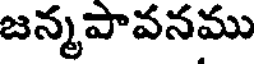
జన్మపావనము